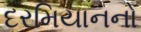
દરમિયાનનો